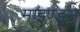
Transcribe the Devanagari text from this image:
माइण्ड्स